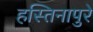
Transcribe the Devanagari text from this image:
हस्तिनापुरे